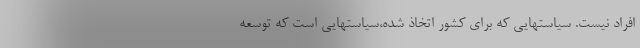
افراد نیست. سیاستهایی که برای کشور اتخاذ شده،سیاستهایی است که توسعه